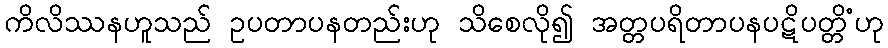
ကိလိဿနဟူသည် ဥပတာပနတည်းဟု သိစေလို၍ အတ္တပရိတာပနပဋိပတ္တိံဟု